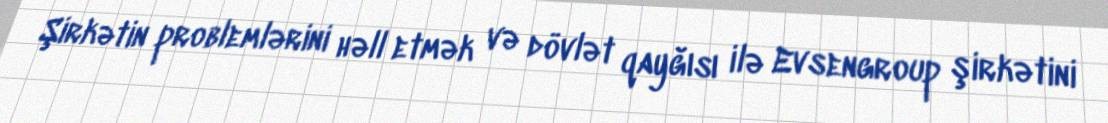
Şirkətin problemlərini həll etmək və dövlət qayğısı ilə Evsengroup şirkətini